Civil Veterinary Dept. North-West Frontier Province 1933-46 - 1933-1946
Year: 1933
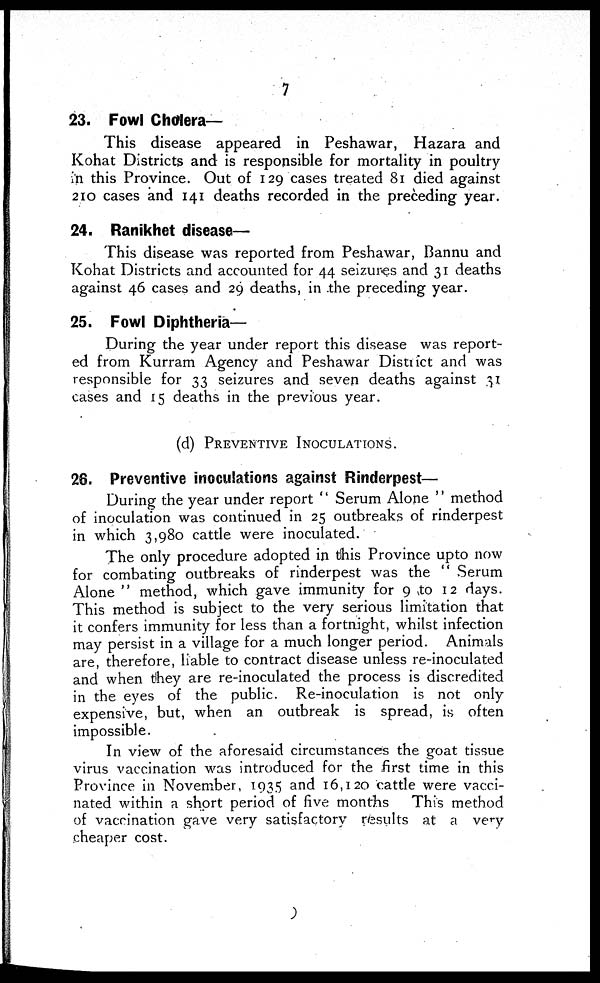
7
23. Fowl Cholera—
This disease appeared in Peshawar, Hazara and
Kohat Districts and is responsible for mortality in poultry
in this Province. Out of 129 cases treated 81 died against
210 cases and 141 deaths recorded in the preceding year.
24. Ranikhet disease—
This disease was reported from Peshawar, Bannu and
Kohat Districts and accounted for 44 seizures and 31 deaths
against 46 cases and 29 deaths, in the preceding year.
25. Fowl Diphtheria—
During the year under report this disease was report-
ed from Kurram Agency and Peshawar District and was
responsible for 33 seizures and seven deaths against 31
cases and 15 deaths in the previous year.
(d) PREVENTIVE INOCULATION.
26. Preventive inoculations against Rinderpest—
During the year under report "Serum Alone" method
of inoculation was continued in 25 outbreaks of rinderpest
in which 3,980 cattle were inoculated.
The only procedure adopted in this Province upto now
for combating outbreaks of rinderpest was the "Serum
Alone" method, which gave immunity for 9 to 12 days.
This method is subject to the very serious limitation that
it confers immunity for less than a fortnight, whilst infection
may persist in a village for a much longer period. Animals
are, therefore, liable to contract disease unless re-inoculated
and when they are re-inoculated the process is discredited
in the eyes of the public. Re-inoculation is not only
expensive, but, when an outbreak is spread, is often
impossible.
In view of the aforesaid circumstances the goat tissue
virus vaccination was introduced for the first time in this
Province in November, 1935 and 16,120 cattle were vacci-
nated within a short period of five months
This method
of vaccination gave very satisfactory results at a very
cheaper cost.